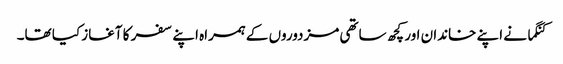
کنگما نے اپنے خاندان اور کچھ ساتھی مزدوروں کے ہمراہ اپنے سفر کا آغاز کیا تھا۔